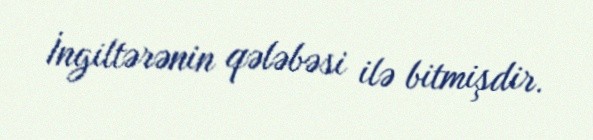
İngiltərənin qələbəsi ilə bitmişdir.